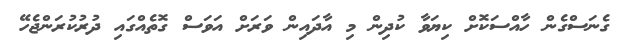
ގެނަސްގެން ހާއްސަކޮށް ކިޔަވާ ކުދިން މި އާދައިން ވަރަށް އަވަސް ގޮތެއްގައި ދުރުކުރަންޖެހޭ